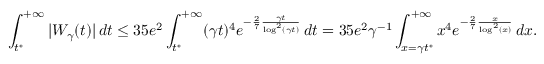
\int _ { t ^ { * } } ^ { + \infty } | W _ { \gamma } ( t ) | \, d t \leq 3 5 e ^ { 2 } \int _ { t ^ { * } } ^ { + \infty } ( \gamma t ) ^ { 4 } e ^ { - \frac { 2 } { 7 } \frac { \gamma t } { \log ^ { 2 } ( \gamma t ) } } \, d t = 3 5 e ^ { 2 } \gamma ^ { - 1 } \int _ { x = \gamma t ^ { * } } ^ { + \infty } x ^ { 4 } e ^ { - \frac { 2 } { 7 } \frac { x } { \log ^ { 2 } ( x ) } } \, d x .